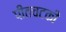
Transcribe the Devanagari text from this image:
पीतचटकी